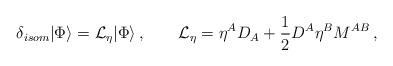
LaTeX: \begin{align*}\delta_{isom}|\Phi\rangle = {\cal L}_\eta|\Phi\rangle\,,\qquad{\cal L}_\eta=\eta^AD_A+\frac{1}{2}D^A\eta^B M^{AB}\,,\end{align*}